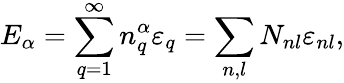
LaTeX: {E}_{\alpha}=\sum_{q=1}^{\infty}{n}_{q}^{\alpha}{\varepsilon}_{q}=\sum_{n,l}{N}_{nl}{\varepsilon}_{nl},